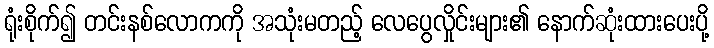
ရုံးစိုက်၍ တင်းနစ်လောကကို အသုံးမတည့် လေပွေလှိုင်းများ၏ နောက်ဆုံးထားပေးပို့